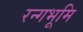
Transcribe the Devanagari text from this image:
रन्गभूमि